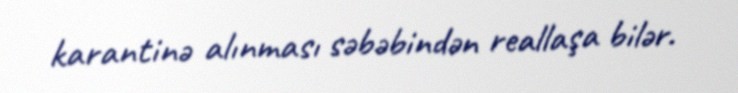
karantinə alınması səbəbindən reallaşa bilər.